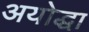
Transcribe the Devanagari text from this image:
अयोद्धा